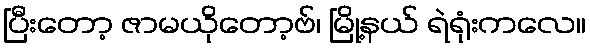
ပြီးတော့ ဇာမယိုတော့ဗ်၊ မြို့နယ် ရဲရုံးကလေ။